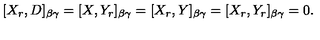
[ X _ { r } , D ] _ { \beta \gamma } = [ X , Y _ { r } ] _ { \beta \gamma } = [ X _ { r } , Y ] _ { \beta \gamma } = [ X _ { r } , Y _ { r } ] _ { \beta \gamma } = 0 .